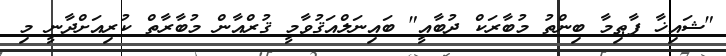
"ޝައިޚާ ފާޠިމާ ބިންތު މުބާރަކް ދުބާއީ" ބައިނަލްއަޤުވާމީ ޤުރްއާން މުބާރާތް ކުރިއަށްދާނީ މި